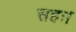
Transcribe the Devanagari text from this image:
सहः।